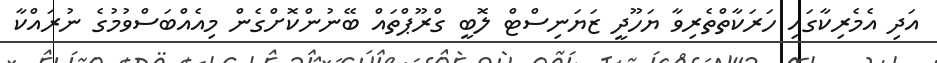
އަދި އެމެރިކާގައި ހަރަކާތްތެރިވާ ޔަހޫދީ ޒަޔަނިސްޓް ލޮބީ ގްރޫޕްތައް ބޭނުންކޮށްގެން މިއެއްބަސްވުމުގެ ނުރައްކާ